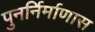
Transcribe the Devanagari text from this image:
पुनर्निर्माणास